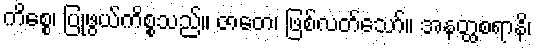
ကိစ္စေ၊ ပြုဖွယ်ကိစ္စသည်။ ဇာတေ၊ ဖြစ်လတ်သော်။ အနတ္ထစရာနိ၊